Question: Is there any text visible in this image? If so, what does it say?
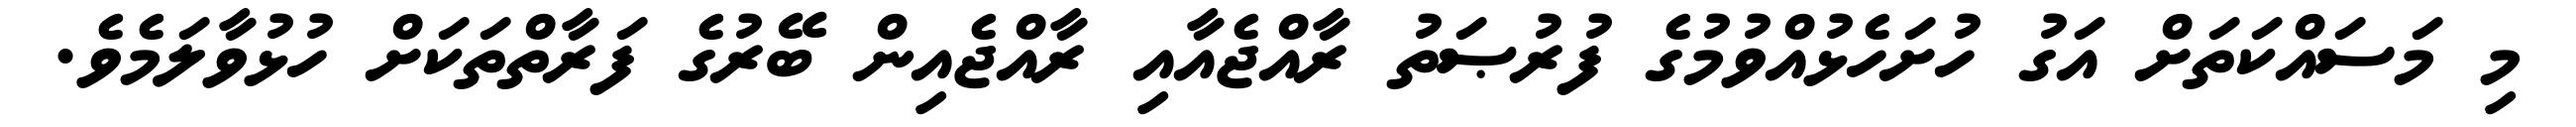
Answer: މި މަސައްކަތަށް އަގު ހުށަހެޅުއްވުމުގެ ފުރުޞަތު ރާއްޖެއާއި ރާއްޖެއިން ބޭރުގެ ފަރާތްތަކަށް ހުޅުވާލަމެވެ.